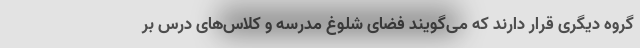
گروه دیگری قرار دارند که می‌گویند فضای شلوغ مدرسه و کلاس‌های درس بر